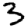
Digit: 3